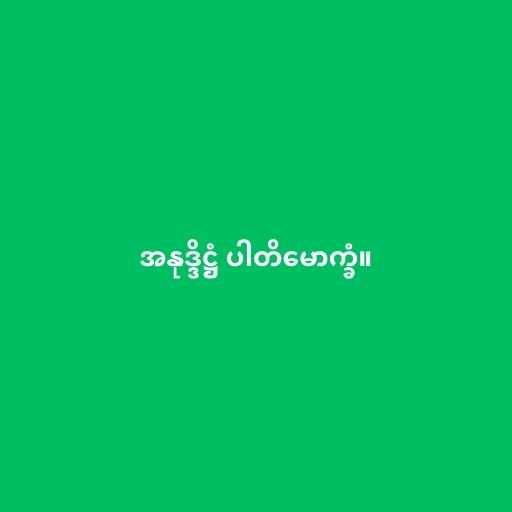
အနုဒ္ဒိဋ္ဌံ ပါတိမောက္ခံ။